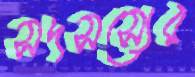
সদসস্যের